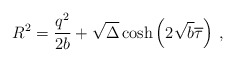
\begin{align*}R^2=\frac{q^2}{2b}+\sqrt{\Delta}\cosh\left(2\sqrt{b}\overline{\tau}\right)\,,\end{align*}